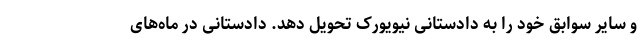
و سایر سوابق خود را به دادستانی نیویورک تحویل دهد. دادستانی در ماه‌های